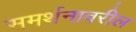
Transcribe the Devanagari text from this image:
समर्थनावरील